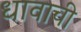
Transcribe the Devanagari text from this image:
धावाची